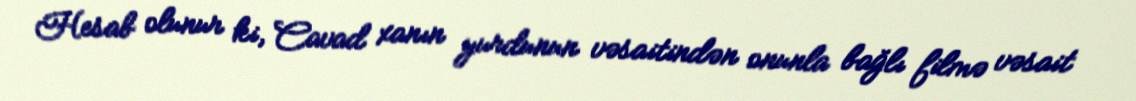
Hesab olunur ki, Cavad xanın yurdunun vəsaitindən onunla bağlı filmə vəsait